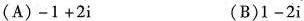
(A)$$ -1 + 2i $$ (B)$$ 1 - 2i $$